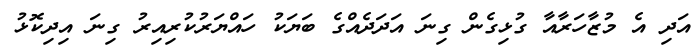
އަދި އެ މުޒާހަރާއާ ގުޅިގެން ގިނަ އަދަދެއްގެ ބަޔަކު ހައްޔަރުކުރިއިރު ގިނަ އިދިކޮޅު